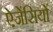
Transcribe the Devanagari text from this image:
ऐजेंसियों